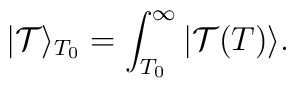
|\mathcal{T}\rangle_{T_0}  =\int_{T_0}^{\infty} |\mathcal{T}(T)\rangle.